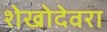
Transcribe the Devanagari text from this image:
शेखोदेवरा